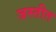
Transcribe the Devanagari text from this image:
जस्तीत